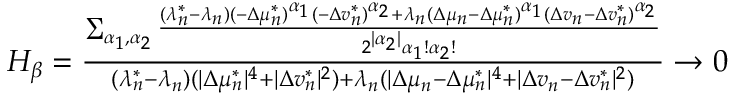
\begin{array} { r } { H _ { \beta } = \frac { \sum _ { \alpha _ { 1 } , \alpha _ { 2 } } { \frac { ( \lambda _ { n } ^ { * } - \lambda _ { n } ) ( - \Delta \mu _ { n } ^ { * } ) ^ { \alpha _ { 1 } } ( - \Delta v _ { n } ^ { * } ) ^ { \alpha _ { 2 } } + \lambda _ { n } ( \Delta \mu _ { n } - \Delta \mu _ { n } ^ { * } ) ^ { \alpha _ { 1 } } ( \Delta v _ { n } - \Delta v _ { n } ^ { * } ) ^ { \alpha _ { 2 } } } { 2 ^ { | \alpha _ { 2 } | } \alpha _ { 1 } ! \alpha _ { 2 } ! } } } { ( \lambda _ { n } ^ { * } - \lambda _ { n } ) ( | \Delta \mu _ { n } ^ { * } | ^ { 4 } + | \Delta v _ { n } ^ { * } | ^ { 2 } ) + \lambda _ { n } ( | \Delta \mu _ { n } - \Delta \mu _ { n } ^ { * } | ^ { 4 } + | \Delta v _ { n } - \Delta v _ { n } ^ { * } | ^ { 2 } ) } \to 0 } \end{array}